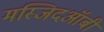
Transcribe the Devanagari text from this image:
मस्जिदऑबी